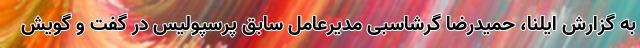
به گزارش ایلنا، حمیدرضا گرشاسبی مدیرعامل سابق پرسپولیس در گفت و گویش